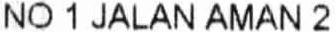
NO 1 JALAN AMAN 2